Annual report on the health of the army in India
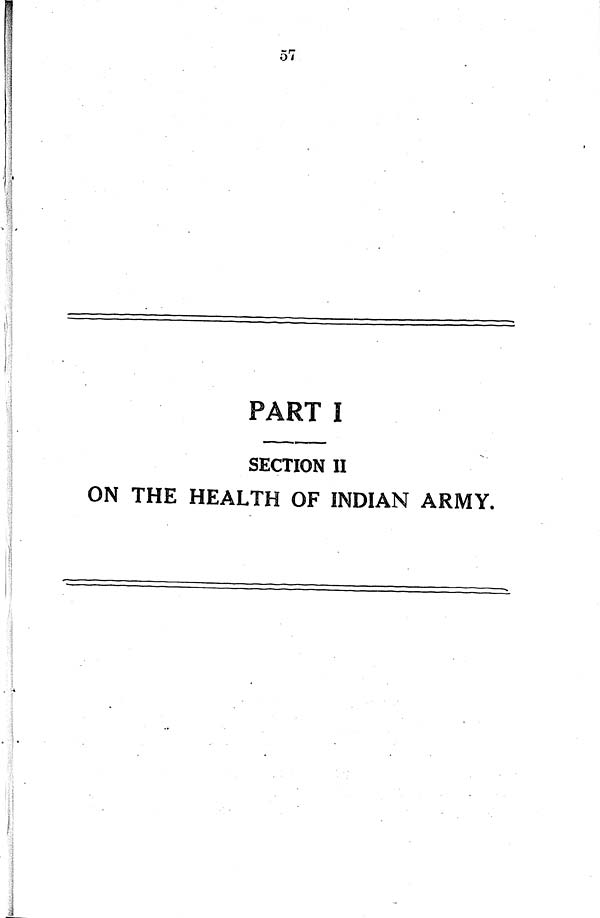
PART I
SECTION II
ON THE HEALTH OF INDIAN ARMY.